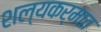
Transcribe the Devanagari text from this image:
शल्यकर्मात